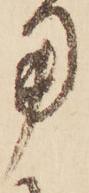
用